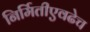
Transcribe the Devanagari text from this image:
निर्मितीएवढेच